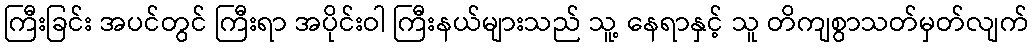
ကြီးခြင်း အပင်တွင် ကြီးရာ အပိုင်းဝါ ကြီးနယ်များသည် သူ့ နေရာနှင့် သူ တိကျစွာသတ်မှတ်လျက်